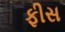
ફીસ